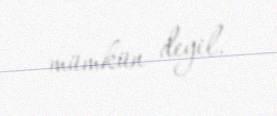
mümkün deyil.